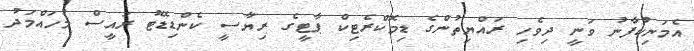
އެމަނިކުފާނު ވަނީ ދިވެހި ރައްޔިތުންގެ ޑިމޮކްރެޓިކް ޕާޓީގެ ރިޔާސީ ކެންޑިޑޭޓު ރައީސް މުހައްމަދު